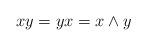
LaTeX: \begin{align*}xy=yx=x\wedge y\end{align*}